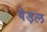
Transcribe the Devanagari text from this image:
बेड़ल